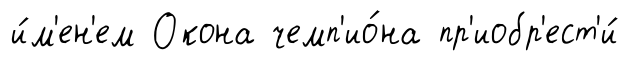
и́м'ен'ем Окона чемп'ио́на пр'иобр'ест'и́